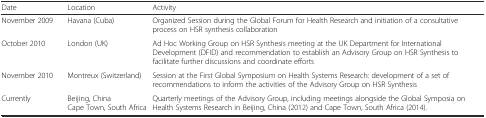
<table><thead><tr><td><b>Date</b></td><td><b>Location</b></td><td><b>Activity</b></td></tr></thead><tbody><tr><td>November 2009</td><td>Havana (Cuba)</td><td>Organized Session during the Global Forum for Health Research and initiation of a consultative process on HSR synthesis collaboration</td></tr><tr><td>October 2010</td><td>London (UK)</td><td>Ad Hoc Working Group on HSR Synthesis meeting at the UK Department for International Development (DFID) and recommendation to establish an Advisory Group on HSR Synthesis to facilitate further discussions and coordinate efforts</td></tr><tr><td>November 2010</td><td>Montreux (Switzerland)</td><td>Session at the First Global Symposium on Health Systems Research: development of a set of recommendations to inform the activities of the Advisory Group on HSR Synthesis</td></tr><tr><td>Currently</td><td>Beijing, ChinaCape Town, South Africa</td><td>Quarterly meetings of the Advisory Group, including meetings alongside the Global Symposia on Health Systems Research in Beijing, China (2012) and Cape Town, South Africa (2014).</td></tr></tbody></table>